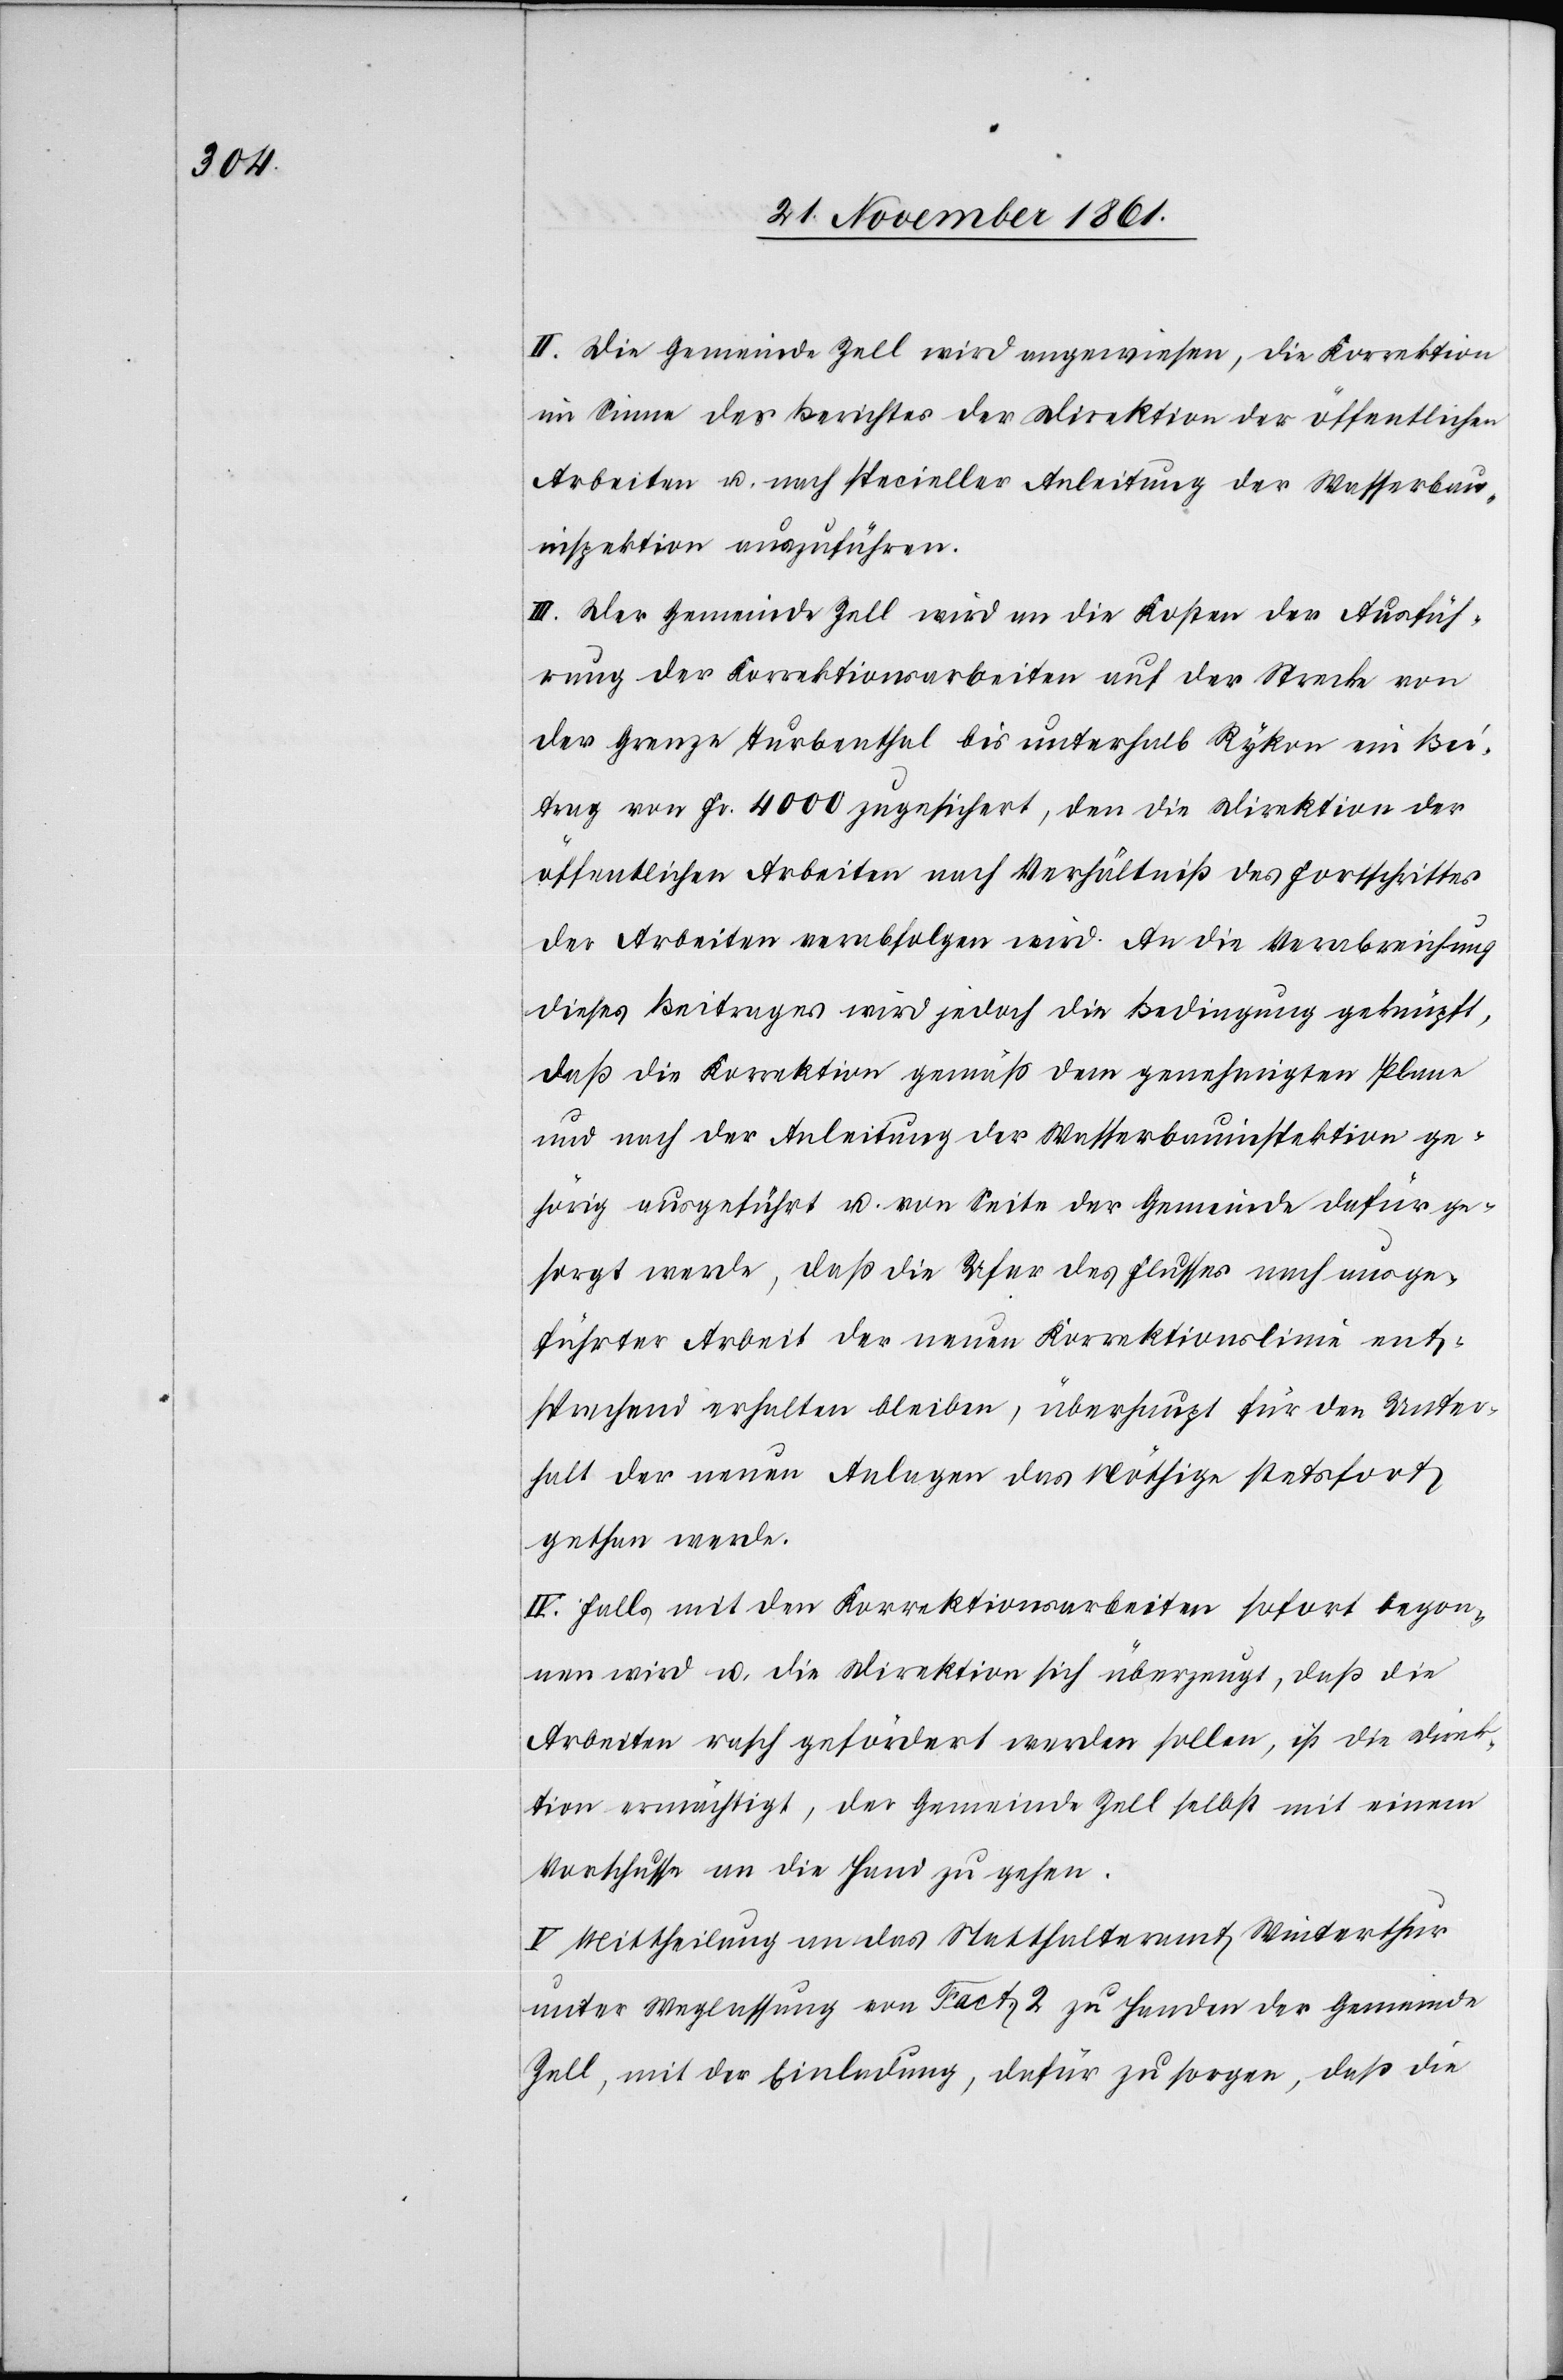
II. Die Gemeinde Zell wird angewiesen, die Korrektion
im Sinne des Berichtes der Direktion der öffentlichen
Arbeiten u. nach specieller Anleitung der Wasserbau¬
inspektion auszuführen.
III. Der Gemeinde Zell wird an die Kosten der Ausfüh¬
rung der Korrektionsarbeiten auf der Strecke von
der Grenze Turbenthal bis unterhalb Rykon ein Bei¬
trag von Fr. 4000 zugesichert, den die Direktion der
öffentlichen Arbeiten nach Verhältniß des Fortschrittes
der Arbeiten verabfolgen wird. An die Verabreichung
dieses Beitrages wird jedoch die Bedingung geknüpft,
daß die Korrektion gemäß dem genehmigten Plane
und nach der Anleitung der Wasserbauinspektion ge¬
hörig ausgeführt u. von Seite der Gemeinde dafür ge¬
sorgt werde, daß die Ufer des Flusses nach ausge¬
führter Arbeit der neuen Korrektionslinie ent¬
sprechend erhalten bleiben, überhaupt für den Unter¬
halt der neuen Anlagen das Nöthige stetsfort
gethan werde.
IV. Falls mit den Korrektionsarbeiten sofort begon¬
nen wird u. die Direktion sich überzeugt, daß die
Arbeiten rasch gefördert werden sollen, ist die Direk¬
tion ermächtigt, der Gemeinde Zell selbst mit einem
Vorschusse an die Hand zu gehen.
V. Mittheilung an das Statthalteramt Winterthur
unter Weglassung von Fact. 2 zu Handen der Gemeinde
Zell, mit der Einladung, dafür zu sorgen, daß die